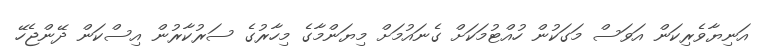
އަނިޔާވެރިކަން އަވަސް މަގަކުން ހުއްޓުމަކަށް ގެނައުމަށް މިޔަންމާގެ މިހާރުގެ ސަރުކާރުން އިސްކަން ދޭންޖެހޭ